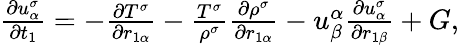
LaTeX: \begin{array}{r}{\begin{array}{r}{\frac{\partial u_{\alpha}^{\sigma}}{\partial t_{1}}=-\frac{\partial T^{\sigma}}{\partial r_{1\alpha}}-\frac{T^{\sigma}}{\rho^{\sigma}}\frac{\partial\rho^{\sigma}}{\partial r_{1\alpha}}-u_{\beta}^{\alpha}\frac{\partial u_{\alpha}^{\sigma}}{\partial r_{1\beta}}+G,}\end{array}}\end{array}